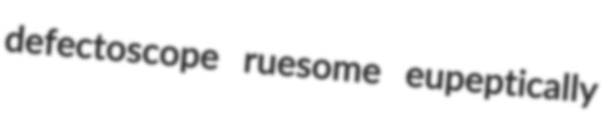
defectoscope ruesome eupeptically